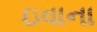
ઇવાના